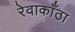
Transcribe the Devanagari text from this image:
रेवाकाँठा